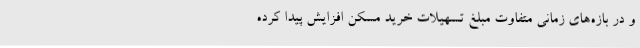
و در بازه‌های زمانی متفاوت مبلغ تسهیلات خرید مسکن افزایش پیدا کرده